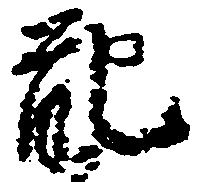
配